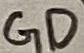
Text: GD